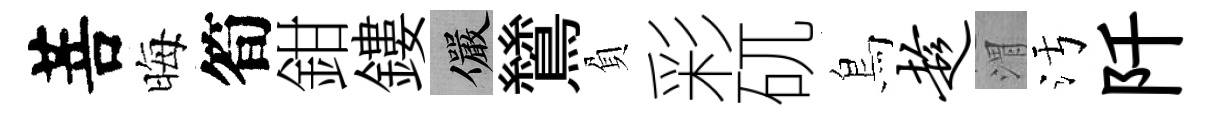
菩晦筍鉗鏤儼鷥負彩矹鳥趁渭污阡